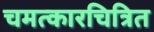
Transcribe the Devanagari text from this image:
चमत्कारचित्रित